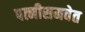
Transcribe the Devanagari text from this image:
पत्नीसमवेत